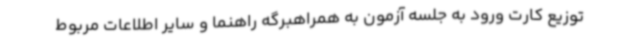
توزیع کارت ورود به جلسه آزمون به همراهبرگه راهنما و سایر اطلاعات مربوط